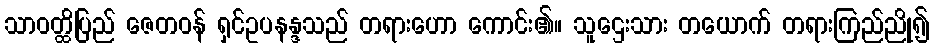
သာဝတ္ထိပြည် ဇေတဝန် ရှင်ဥပနန္ဒသည် တရားဟော ကောင်း၏။ သူဌေးသား တယောက် တရားကြည်ညို၍